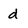
Character: d